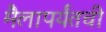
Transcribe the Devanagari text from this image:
मैलापर्यंतची